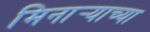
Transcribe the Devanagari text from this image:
मिनार्‍याच्या